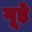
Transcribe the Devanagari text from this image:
गूड़े